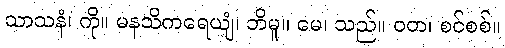
သာသနံ၊ ကို။ မနသိကရေယျံ၊ ဘိမူ။ မေ၊ သည်။ ဝတ၊ စင်စစ်။